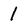
Character: 1